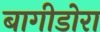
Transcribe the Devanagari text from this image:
बागीडोरा